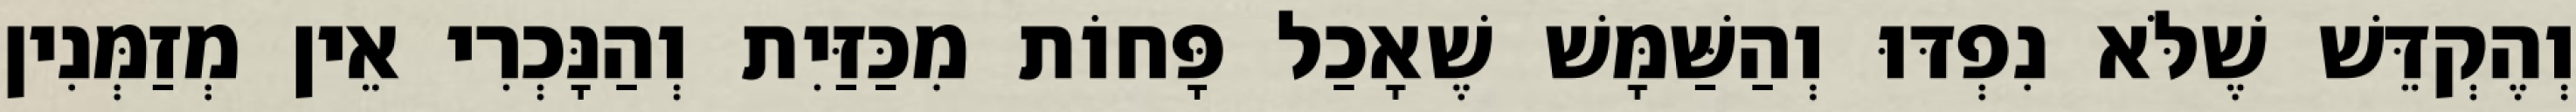
וְהֶקְדֵּשׁ שֶׁלֹּא נִפְדּוּ וְהַשַּׁמָּשׁ שֶׁאָכַל פָּחוֹת מִכַּזַּיִת וְהַנָּכְרִי אֵין מְזַמְּנִין